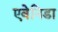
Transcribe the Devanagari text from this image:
एवेनिडा